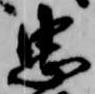
忠